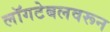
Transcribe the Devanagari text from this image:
लॉगटेबलवरून